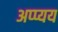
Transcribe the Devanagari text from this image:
अप्प्यय